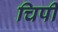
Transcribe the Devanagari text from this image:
चिपी